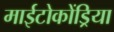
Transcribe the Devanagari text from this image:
माईटोकोंड्रिया